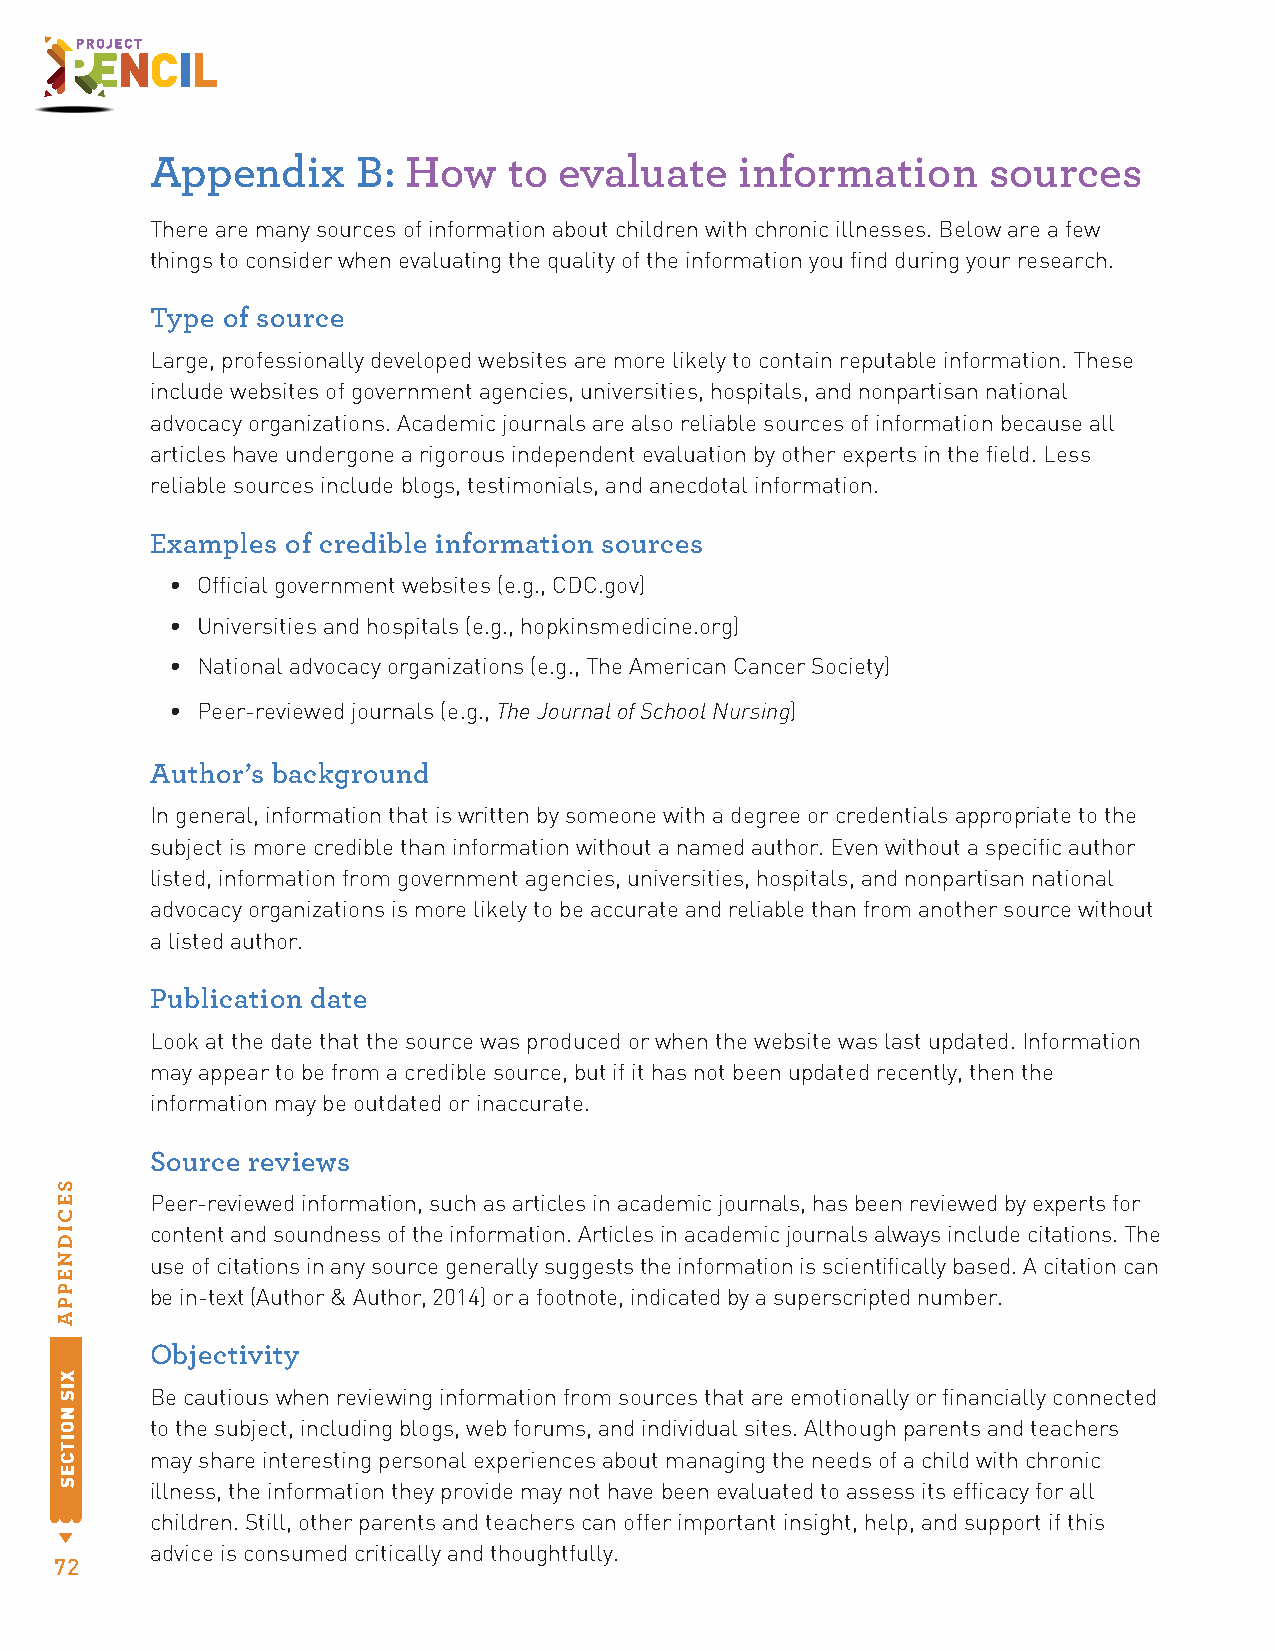
Appendix      B: How    to evaluate    information     sources
 There are many sources of information about children with chronic illnesses. Below are a few
 things to consider when evaluating the quality of the information you find during your research.
 Type of source
 Large, professionally developed websites are more likely to contain reputable information. These
 include websites of government agencies, universities, hospitals, and nonpartisan national
 advocacy organizations. Academic journals are also reliable sources of information because all
 articles have undergone a rigorous independent evaluation by other experts in the field. Less
 reliable sources include blogs, testimonials, and anecdotal information.
 Examples of credible information sources
 • Official government websites (e.g., CDC.gov)
 • Universities and hospitals (e.g., hopkinsmedicine.org)
 • National advocacy organizations (e.g., The American Cancer Society)
 • Peer-reviewed journals (e.g., The Journal of School Nursing)
 Author’s background
 In general, information that is written by someone with a degree or credentials appropriate to the
 subject is more credible than information without a named author. Even without a specific author
 listed, information from government agencies, universities, hospitals, and nonpartisan national
 advocacy organizations is more likely to be accurate and reliable than from another source without
 a listed author.
 Publication date
 Look at the date that the source was produced or when the website was last updated. Information
 may appear to be from a credible source, but if it has not been updated recently, then the
 information may be outdated or inaccurate.
 Source reviews
 Peer-reviewed information, such as articles in academic journals, has been reviewed by experts for
 content and soundness of the information. Articles in academic journals always include citations. The
 use of citations in any source generally suggests the information is scientifically based. A citation can
 be in-text (Author & Author, 2014) or a footnote, indicated by a superscripted number.
 Objectivity
 Be cautious when reviewing information from sources that are emotionally or financially connected
 to the subject, including blogs, web forums, and individual sites. Although parents and teachers
 may share interesting personal experiences about managing the needs of a child with chronic
 illness, the information they provide may not have been evaluated to assess its efficacy for all
 children. Still, other parents and teachers can offer important insight, help, and support if this
 advice is consumed critically and thoughtfully.
 72
 SECIDNEPPA
 XIS
 NOITCES